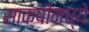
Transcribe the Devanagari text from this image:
साक्षीमध्ये